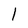
Character: 1